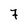
Character: 7